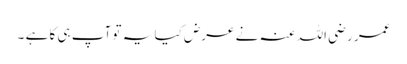
عمر رضی اللہ عنہ نے عرض کیا یہ تو آپ ہی کا ہے ۔